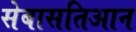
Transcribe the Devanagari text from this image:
सेबासतिआन